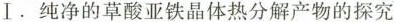
Ⅰ . 纯净的草酸亚铁晶体热分解产物的探究